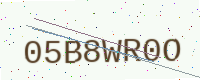
Text: 05B8WR0O